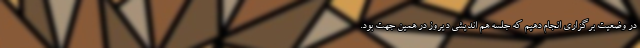
در وضعیت برگزاری انجام دهیم که جلسه هم اندیشی دیروز در همین جهت بود.